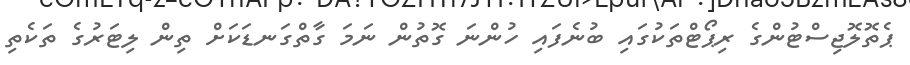
ޕެތޮލޮޖިސްޓުންގެ ރިޕޯޓްތަކުގައި ބުނެފައި ހުންނަ ގޮތުން ނަމަ ގާތްގަނޑަކަށް ތިން ލިޓަރުގެ ތަކެތި